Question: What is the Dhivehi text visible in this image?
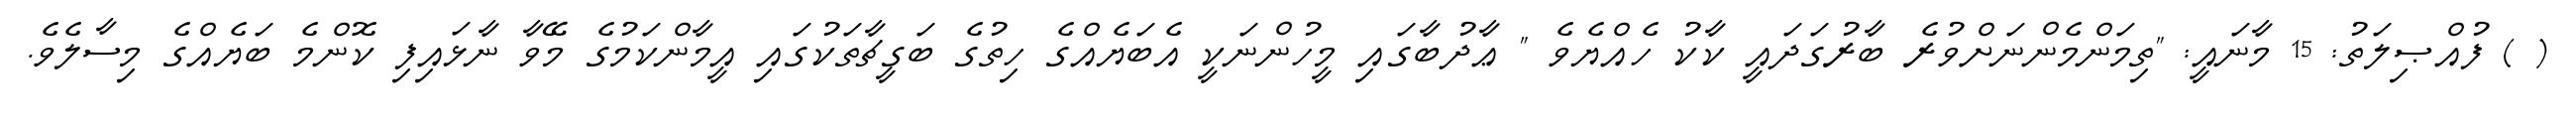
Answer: ( ) ފުއްޞިލަތު: 15 މާނައީ: "ތިމަންމެންނަށްވުރެ ބާރުގަދައީ ކާކު ހެއްޔެވެ " ޢާދުބާގައި މީހުންނަކީ އެބަޔެއްގެ ހިތުގެ ބަގީޗާތަކުގައި އީމާންކަމުގެ މޭވާ ނާޅައިފި ކޮންމެ ބަޔެއްގެ މިސާލެވެ.